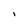
Character: I